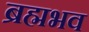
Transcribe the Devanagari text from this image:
ब्रह्मभव